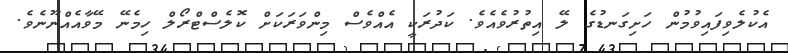
އެކުލެވިފައިވުމުން ހަށިގަނޑުގެ ލޭ އިތުރުވެއެވެ. ކަދުރަކީ އެއްވެސް މިންވަރަކަށް ކޮލެސްޓްރޯލް ހިމެނޭ މޭވާއެއްނޫނެވެ.